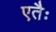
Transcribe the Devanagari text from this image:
एतैः